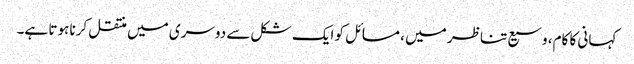
کہانی کا کام، وسیع تناظر میں ، مسائل کو ایک شکل سے دوسری میں منتقل کرنا ہوتا ہے۔